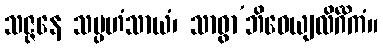
သဇ္ဇနေ သမ္ပဟံသာယံ၊ သာဓွာ’ဘိဓေယျလိင်္ဂိကံ။